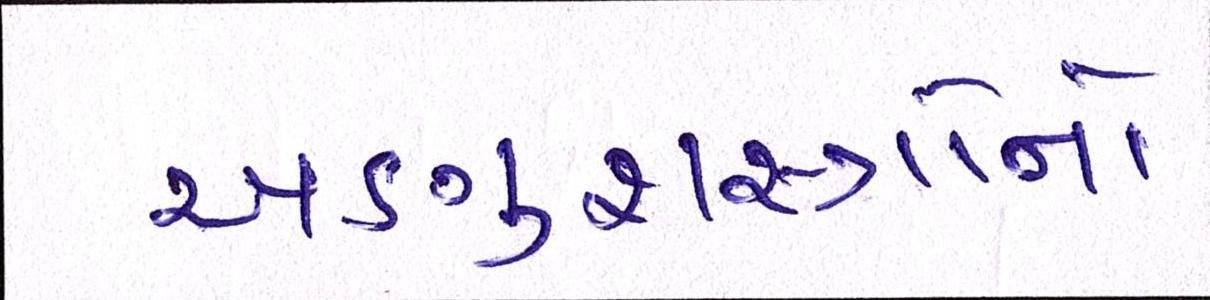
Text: અણુશસ્ત્રોનો